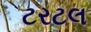
ટરટલ